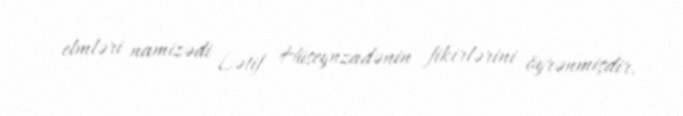
elmləri namizədi Lətif Hüseynzadənin fikirlərini öyrənmişdir.